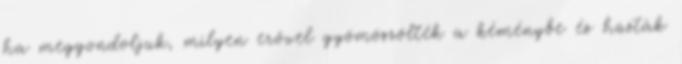
ha meggondoljuk, milyen erővel gyömöszölték a kéménybe és húzták